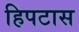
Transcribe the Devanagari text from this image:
हिपटास